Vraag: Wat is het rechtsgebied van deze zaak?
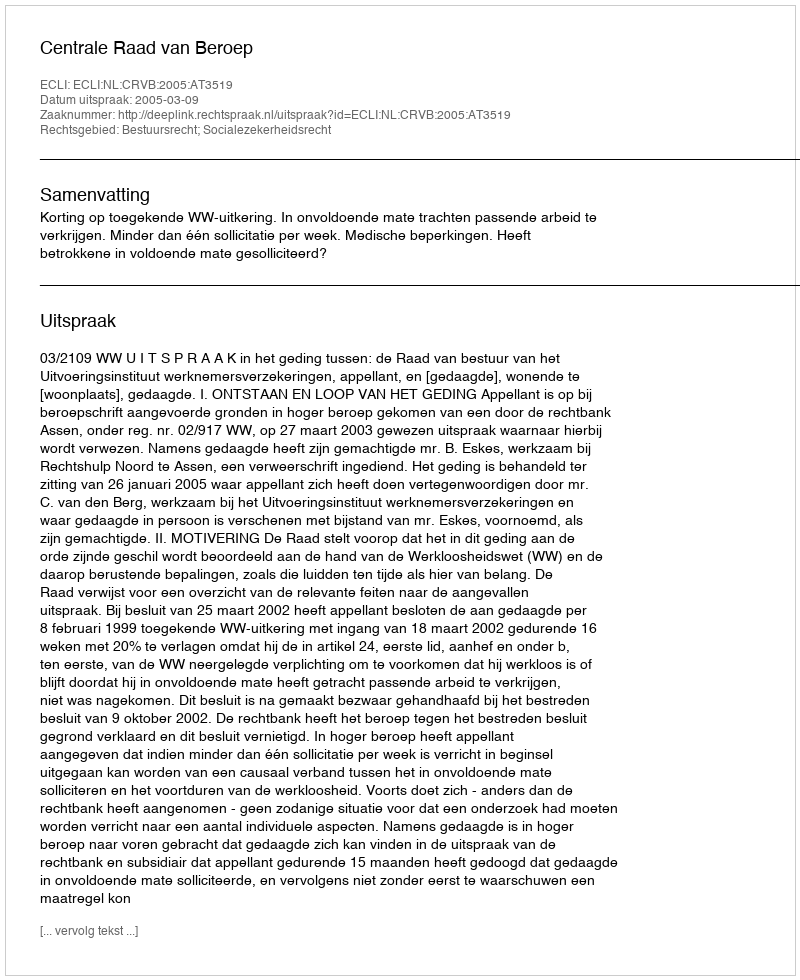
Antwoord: Bestuursrecht; Socialezekerheidsrecht